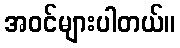
အဝင်များပါတယ်။